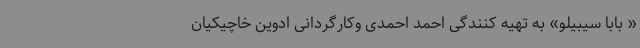
« بابا سیبیلو» به تهیه کنندگی احمد احمدی وکارگردانی ادوین خاچیکیان